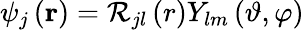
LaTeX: \psi_{j}\left(\mathbf{r}\right)=\mathcal{R}_{jl}\left(r\right)Y_{lm}\left(\vartheta,\varphi\right)